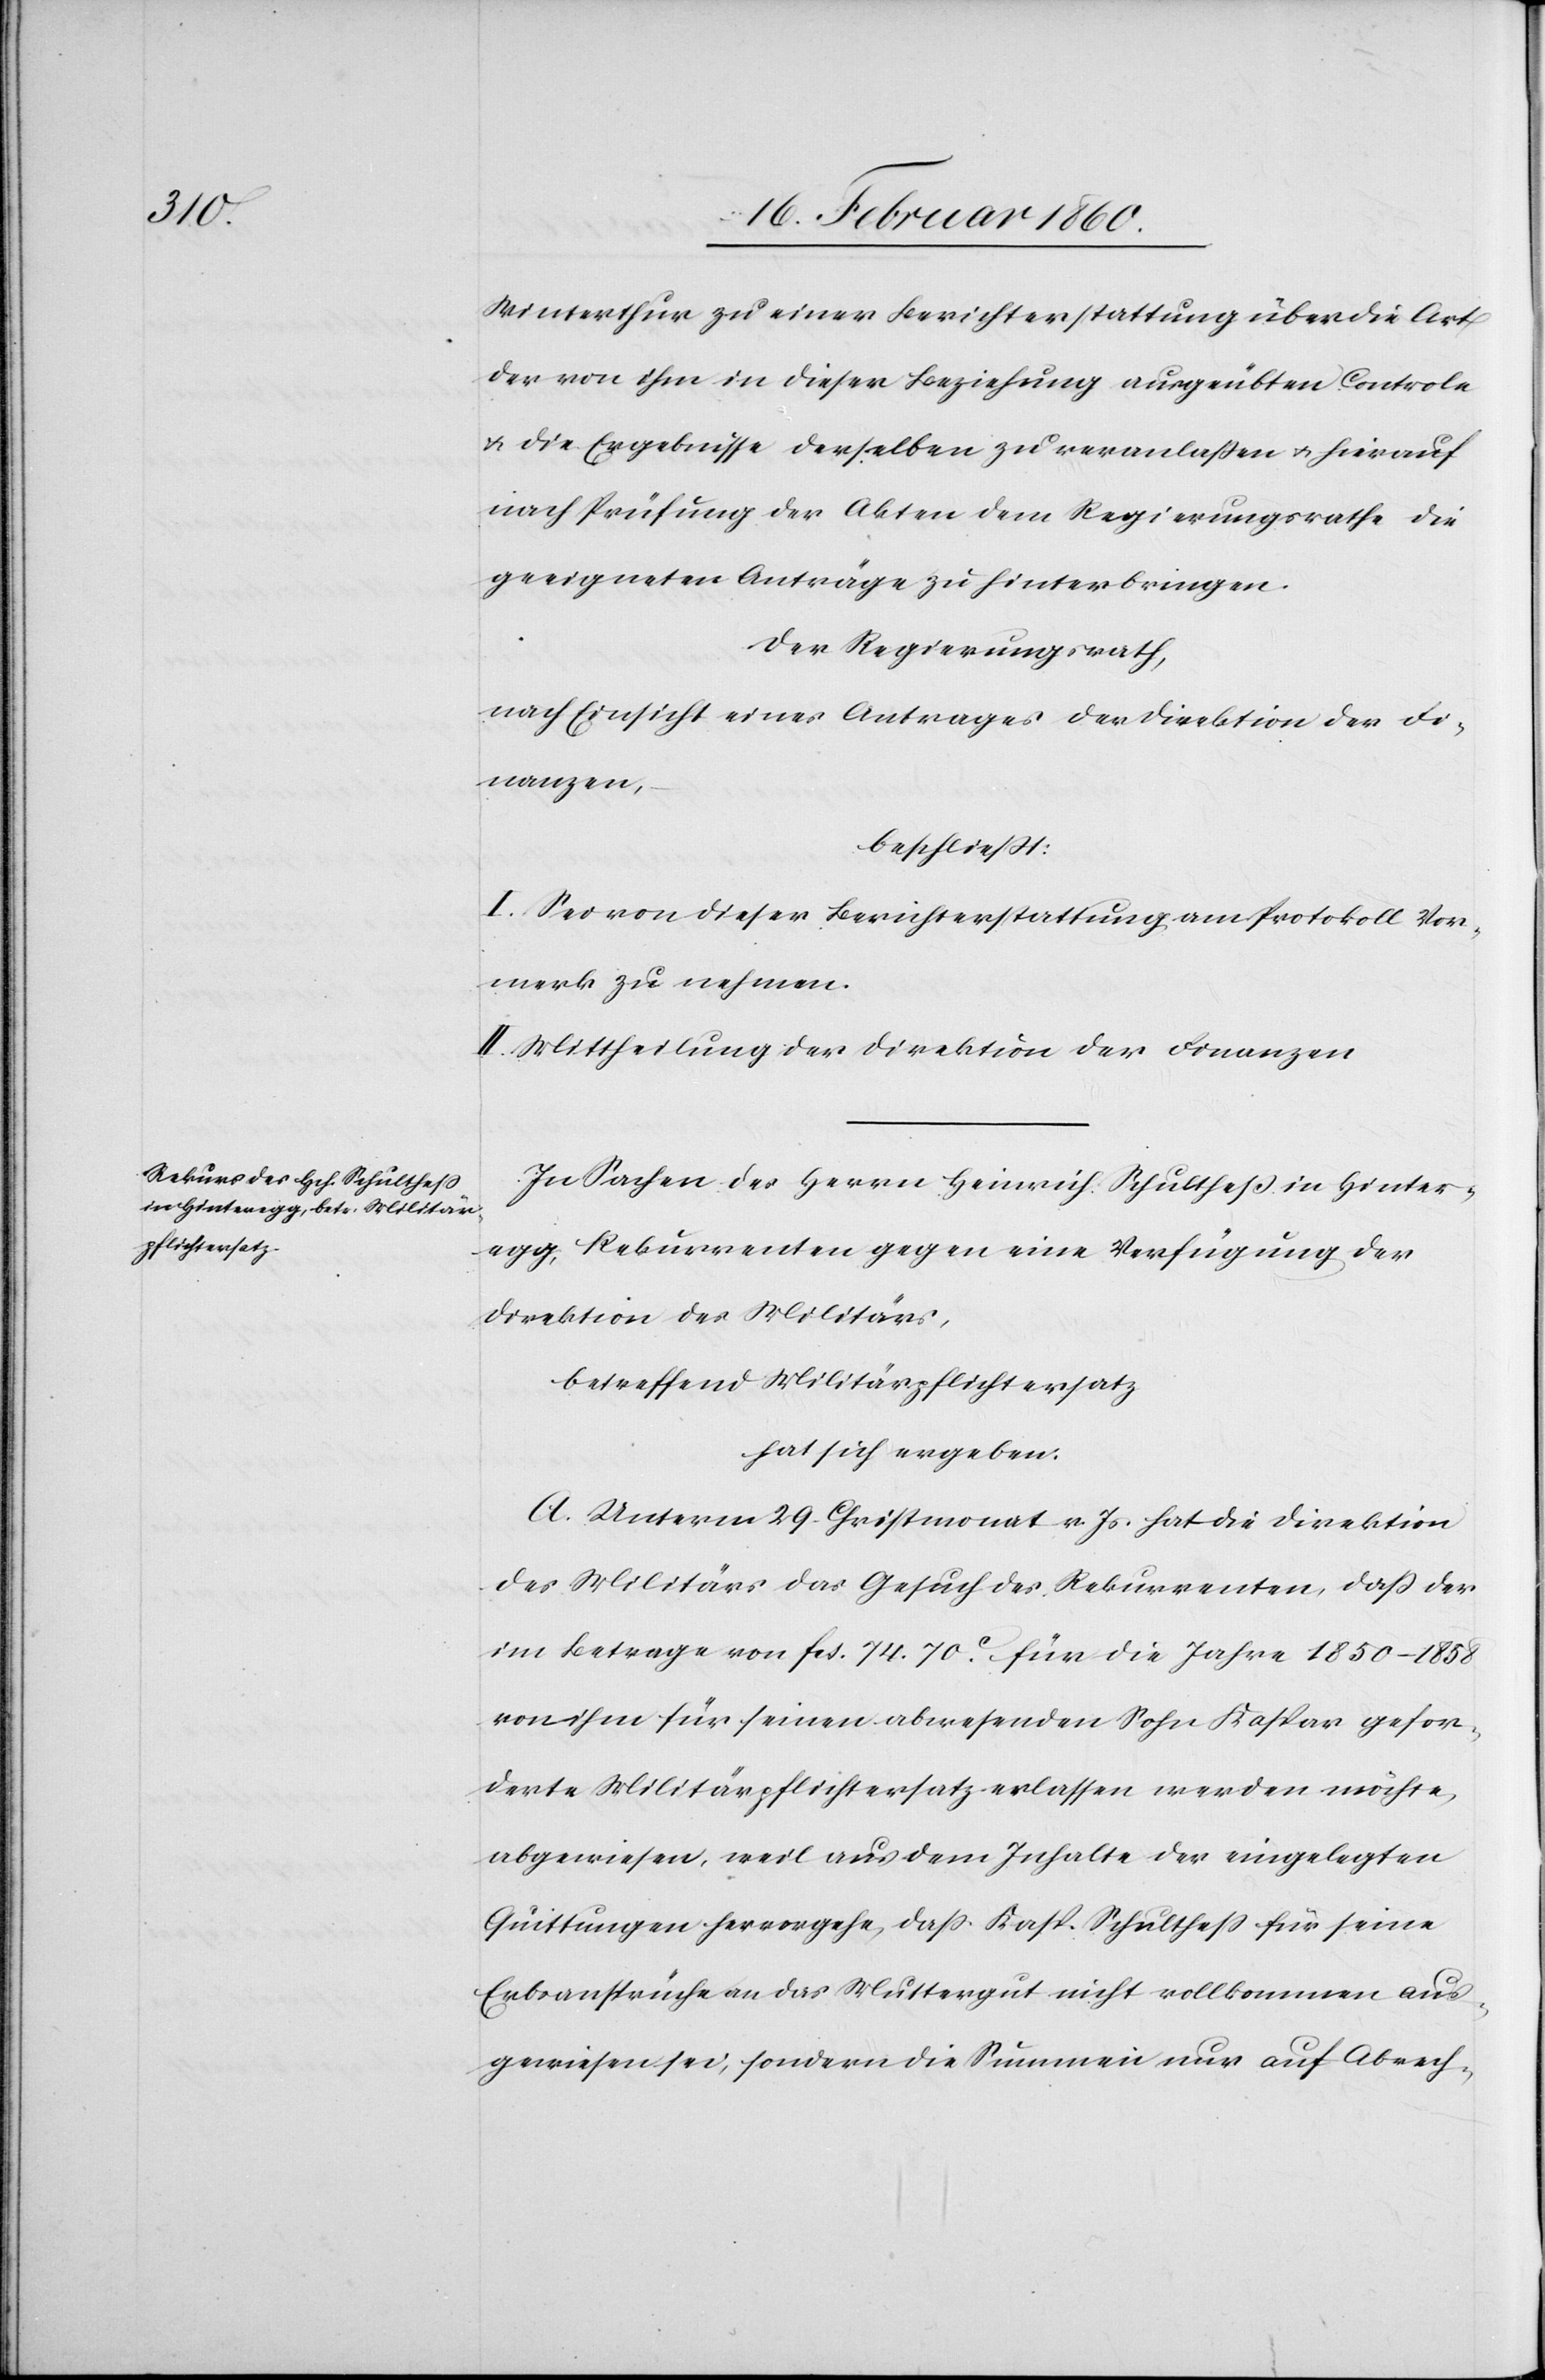
Winterthur zu einer Berichterstattung über die Art
der von ihm in dieser Beziehung ausgeübten Controle
u. die Ergebnisse derselben zu veranlassen u. hierauf
nach Prüfung der Akten dem Regierungsrathe die
geeigneten Anträge zu hinterbringen.
Der Regierungsrath,
I. Sei von dieser Berichterstattung am Protokoll Vor¬
merk zu nehmen.
II. Mittheilung der Direktion der Finanzen.
In Sachen des Herrn Heinrich Schulthess in Hinter¬
egg, Rekurrenten gegen eine Verfügung der
Direktion des Militärs,
hat sich ergeben:
A. Unterm 29. Christmonat v. Js. hat die Direktion
des Militärs das Gesuch des Rekurrenten, daß der
im Betrage von fcs. 74. 70C für die Jahre 1850–1858
von ihm für seinen abwesenden Sohn Kaspar gefor¬
derte Militärpflichtersatz erlassen werden möchte,
abgewiesen, weil aus dem Inhalte der eingelegten
Quittungen hervorgehe, dass Kasp. Schulthess für seine
Erbansprüche an das Muttergut nicht vollkommen aus¬
gewiesen sei, sondern die Summen nur auf Abrech-